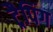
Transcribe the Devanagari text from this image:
ट्रैपिंग